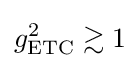
g_{\text{ETC}}^{2}\gtrsim 1